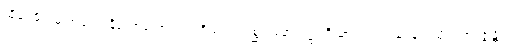
ထိုမဂ်ဖိုလ်မှ အချည်းနှီသောယောကျ်ားတို့သည်။ ပစ္ဆာ၊ နောက်၌။ ဝိဃာတံ၊ ပင်ပန်းခြင်းသို့။ အာပဇ္ဇန္တိ၊